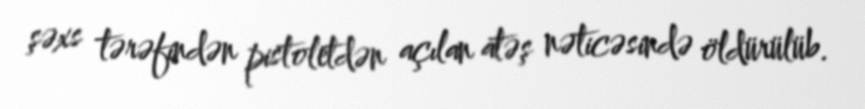
şəxs tərəfindən pistoletdən açılan atəş nəticəsində öldürülüb.